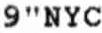
9"NYC